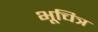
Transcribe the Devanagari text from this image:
भूचित्र